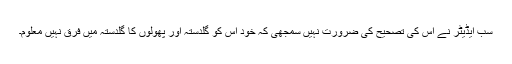
سب ایڈیٹر نے اس کی تصحیح کی ضرورت نہیں سمجھی کہ خود اس کو گلدستہ اور پھولوں کا گلدستہ میں فرق نہیں معلوم۔